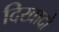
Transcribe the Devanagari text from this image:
दिखादो